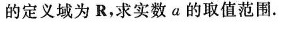
的定义域为R，求实数a的取值范围。